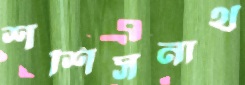
শশিসনাথ